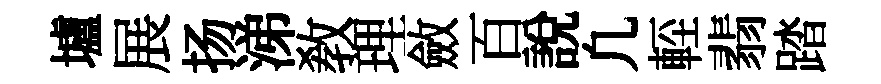
壚展扬涕敎理斂百說凢䡖翡踏